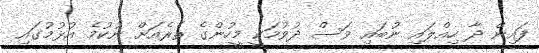
ފައިން ދާ ހިއްލައި ނުބައި ވަސް ދުވުމަކީ މީހުންގެ ތެރެއަށް ނުކުމެ އުޅުމުގައި